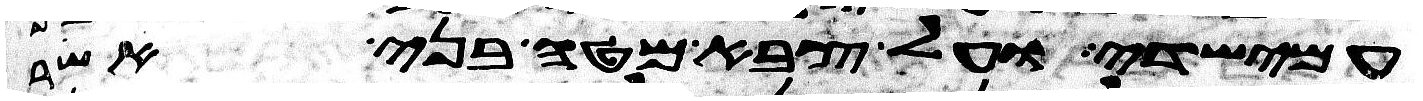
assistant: עמישדי ועל צבא מטה בני אשר